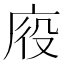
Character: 𭙠